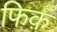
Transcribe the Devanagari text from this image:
फिक़